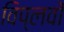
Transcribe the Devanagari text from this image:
विप्लवों